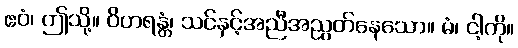
ဧဝံ၊ ဤသို့။ ဝိဟရန္တံ၊ သင်နှင့်အညီအညွတ်နေသော။ မံ၊ ငါ့ကို။